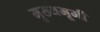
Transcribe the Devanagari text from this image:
मुख्यभूमी